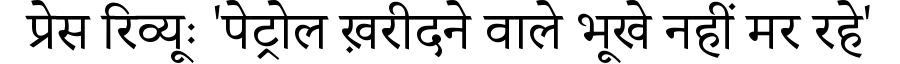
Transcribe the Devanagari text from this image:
प्रेस रिव्यूः 'पेट्रोल ख़रीदने वाले भूखे नहीं मर रहे'